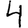
Digit: 4